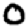
Digit: 0